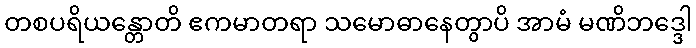
တစပရိယန္တောတိ ဧကမာတရာ သမောဓာနေတွာပိ အာမံ မဏိဘဒ္ဒေါ